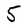
Character: 5